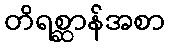
တိရစ္ဆာန်အစာ